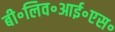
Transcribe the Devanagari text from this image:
बी॰लिव॰आई॰एस॰